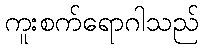
ကူးစက်ရောဂါသည်